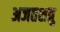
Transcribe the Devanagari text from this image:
अजतशत्रु